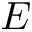
E